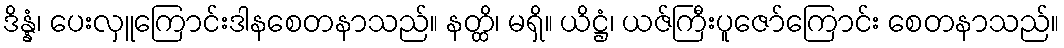
ဒိန္နံ၊ ပေးလှူကြောင်းဒါနစေတနာသည်။ နတ္ထိ၊ မရှိ။ ယိဋ္ဌံ၊ ယဇ်ကြီးပူဇော်ကြောင်း စေတနာသည်။